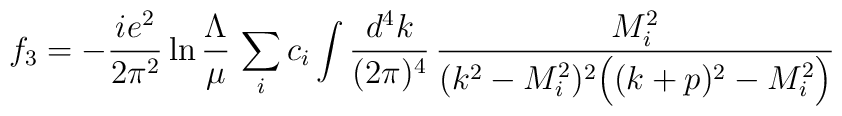
f_3 =- \frac{i e^2}{2\pi^2}\ln\frac{\Lambda}{\mu}\,\sum\limits_i c_i\int \frac{d^4k}{(2\pi)^4}\,\frac{M_i^2}{(k^2-M_i^2)^2\Big((k+p)^2-M_i^2\Big)}\qquad\quad